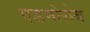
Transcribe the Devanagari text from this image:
एडमोरोब